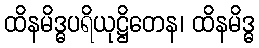
ထိနမိဒ္ဓပရိယုဋ္ဌိတေန၊ ထိနမိဒ္ဓ